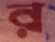
র